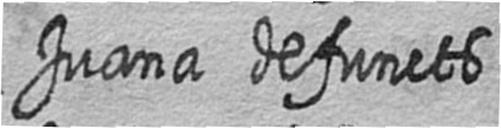
Juana defuncts